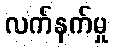
လက်နက်မှု